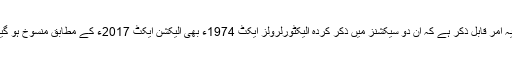
یہاں یہ امر قابل ذکر ہے کہ ان دو سیکشنز میں ذکر کردہ الیکٹورلرولز ایکٹ 1974ء بھی الیکشن ایکٹ 2017ء کے مطابق منسوخ ہو گیا ہے۔